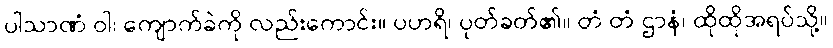
ပါသာဏံ ဝါ၊ ကျောက်ခဲကို လည်းကောင်း။ ပဟရိ၊ ပုတ်ခတ်၏။ တံ တံ ဌာနံ၊ ထိုထိုအရပ်သို့။